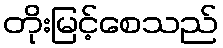
တိုးမြင့်စေသည်